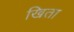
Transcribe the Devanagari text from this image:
खिता